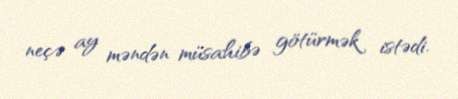
neçə ay məndən müsahibə götürmək istədi.